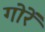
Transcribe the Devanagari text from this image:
गोरें